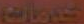
خدمات